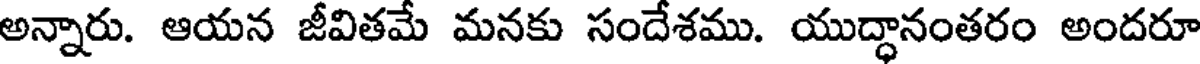
అన్నారు. ఆయన జీవితమే మనకు సందేశము. యుద్ధానంతరం అందరూ